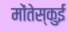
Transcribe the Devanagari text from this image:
मोंतेस्कुई